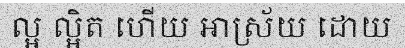
ល្អ ល្អិត ហើយ ឤស្រ័យ ដោយ